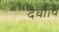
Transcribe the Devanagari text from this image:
देवाधि